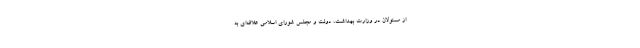
از مسئولان در وزارت بهداشت، دولت و مجلس شورای اسلامی علاقه‌ای به